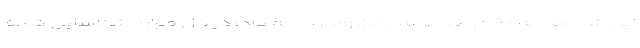
این شاخص به ۹۰ درصد برسد. کازرونی ادامه داد: در کل موارد شناسایی شده